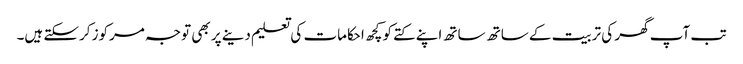
تب آپ گھر کی تربیت کے ساتھ ساتھ اپنے کتے کو کچھ احکامات کی تعلیم دینے پر بھی توجہ مرکوز کرسکتے ہیں۔